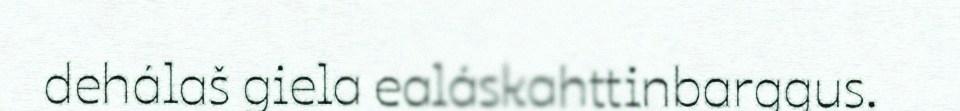
dehálaš giela ealáskahttinbarggus.